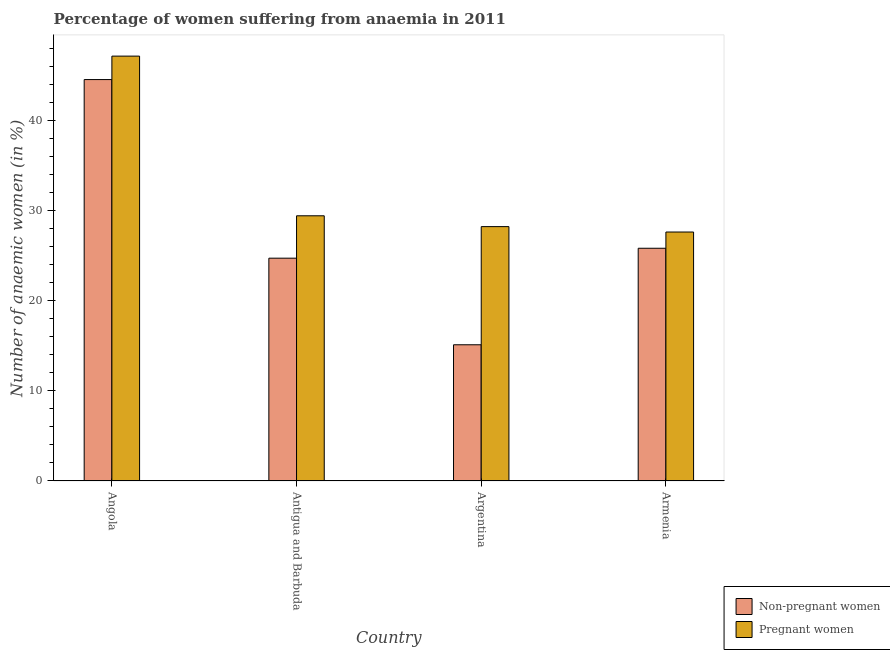
| Country | Non-pregnant women | Pregnant women |
 | --- | --- | --- |
 | Angola | 44.5 | 47.1 |
 | Antigua and Barbuda | 24.7 | 29.4 |
 | Argentina | 15.1 | 28.2 |
 | Armenia | 25.8 | 27.6 |